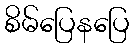
စိမ်ပြေနပြေ